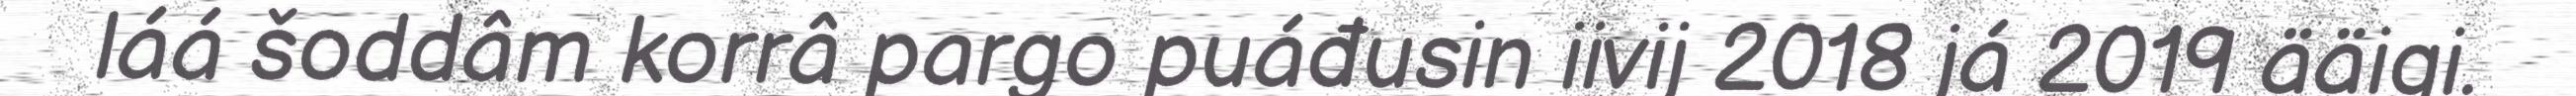
láá šoddâm korrâ pargo puáđusin iivij 2018 já 2019 ääigi.